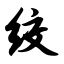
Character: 绞